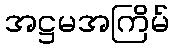
အဋ္ဌမအကြိမ်